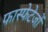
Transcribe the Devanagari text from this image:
फास्फेटेजों